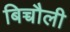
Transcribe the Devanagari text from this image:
बिच्चौली